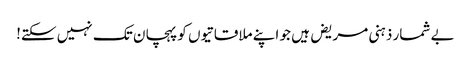
بے شمار ذہنی مریض ہیں جو اپنے ملاقاتیوں کو پہچان تک نہیں سکتے!